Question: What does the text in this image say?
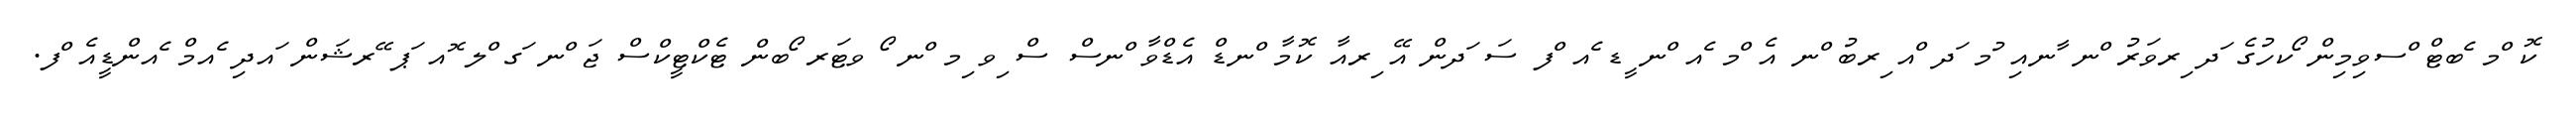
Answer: ކޮ ްމ ެބޓް ްސވިމިން ޯކހުގެ ަދ ިރވަރު ްނ ާނއި ުމ ަދ ްއ ިރބު ްނ އެ ްމ ެއ ްނ ީޑ ެއ ްފ ސަ ަދން އޭ ިރއާ ކޮމާ ްނޑް އެޑްވާ ްނސް ސް ިވ ިމ ްނ ޯ ވޓަރ ޯބން ޓެކްޓީކްސް ޖަ ްނ ަގ ްލ ޮއ ަޕ ޭރޝަން ައދި ެއމް ެއންޑީއެ ްފ.